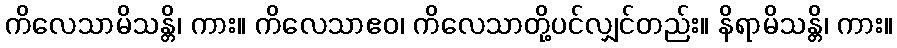
ကိလေသာမိသန္တိ၊ ကား။ ကိလေသာဧဝ၊ ကိလေသာတို့ပင်လျှင်တည်း။ နိရာမိသန္တိ၊ ကား။